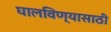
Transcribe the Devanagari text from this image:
घालविण्‍यासाठी